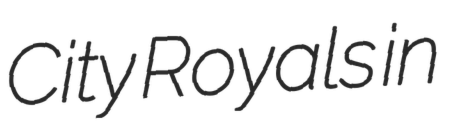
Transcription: City Royals in